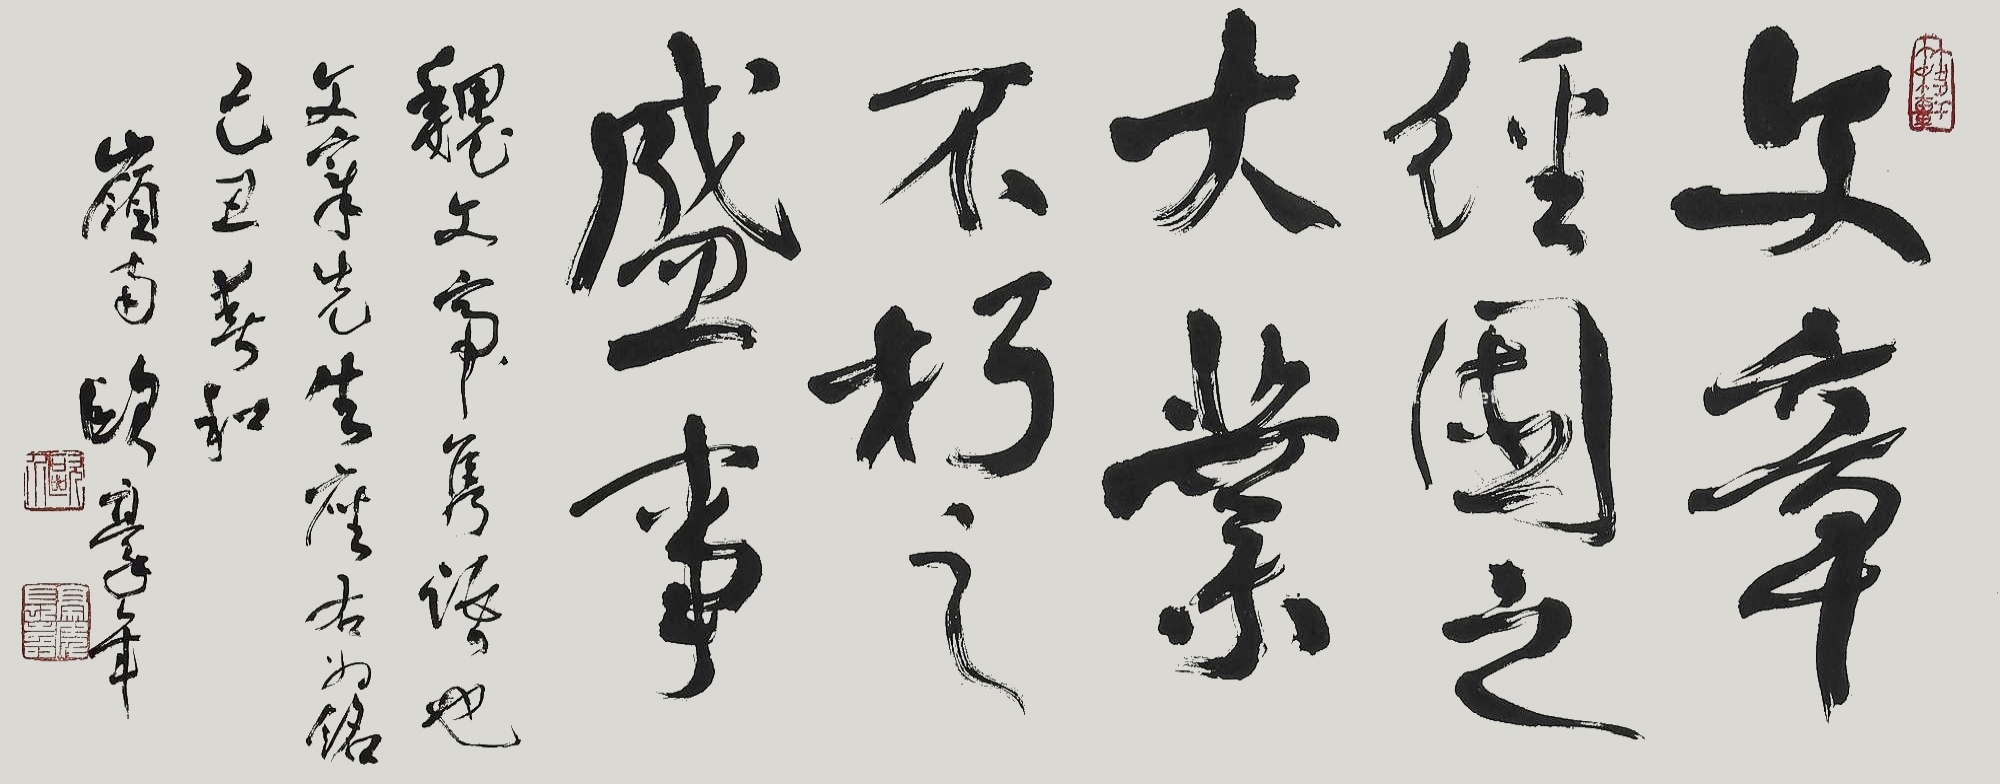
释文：文章经国之大业，不朽之盛事。魏文帝隽诲也，文□先生应右为铭，己丑春和，岭南欧豪年。